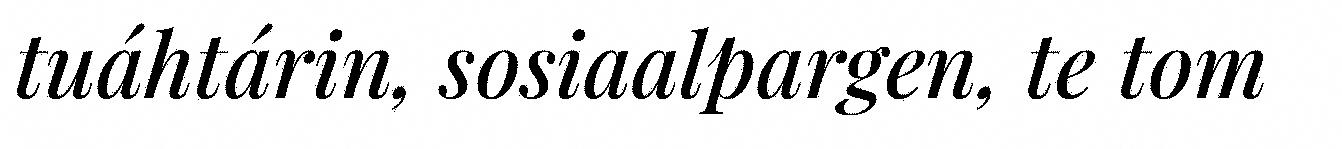
tuáhtárin, sosiaalpargen, te tom